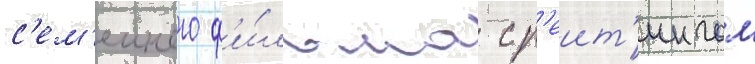
с'ем'еиного ф'и́льма с р'еит'ингом